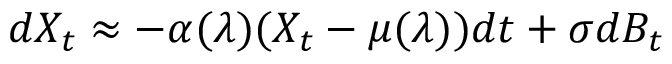
d X _ { t } \approx - \alpha ( \lambda ) ( X _ { t } - \mu ( \lambda ) ) d t + \sigma d B _ { t }